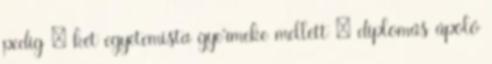
pedig – két egyetemista gyermeke mellett – diplomás ápoló